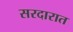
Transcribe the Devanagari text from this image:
सरदारात